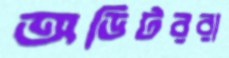
অডিটররা